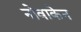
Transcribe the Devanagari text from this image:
नोवाकेन